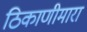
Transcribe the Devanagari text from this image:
ठिकाणीमारा